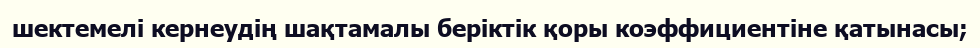
шектемелі кернеудің шақтамалы беріктік қоры коэффициентіне қатынасы;